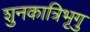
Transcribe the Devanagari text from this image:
शुनकात्रिभृगु